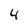
Character: 4